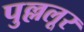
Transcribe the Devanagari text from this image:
पुल्ललूर